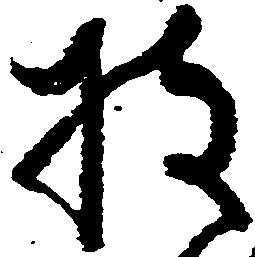
持